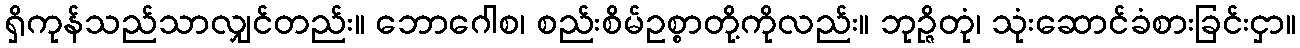
ရှိကုန်သည်သာလျှင်တည်း။ ဘောဂေါစ၊ စည်းစိမ်ဥစ္စာတို့ကိုလည်း။ ဘုဉ္ဇိတုံ၊ သုံးဆောင်ခံစားခြင်းငှာ။